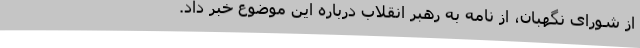
از شورای نگهبان، از نامه به رهبر انقلاب درباره این موضوع خبر داد.